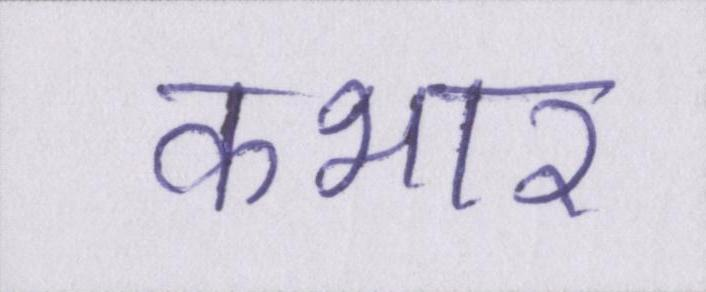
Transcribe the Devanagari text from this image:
कभार